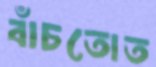
বাঁচতোত